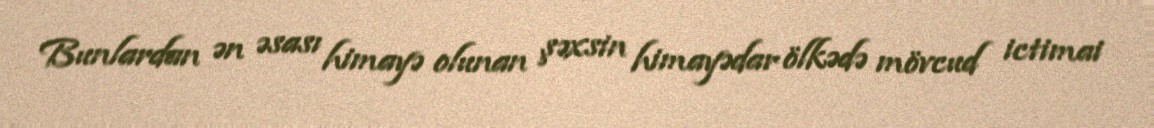
Bunlardan ən əsası himayə olunan şəxsin himayədar ölkədə mövcud ictimai